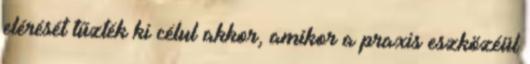
elérését tűzték ki célul akkor, amikor a praxis eszközéül